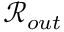
\mathcal { R } _ { o u t }